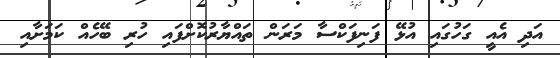
އަދި އެއީ ގަހުގައި އުޅޭ ފަނިފަކްސާ މަރަން ތައްޔާރުކޮށްފައި ހުރި ބޭހެއް ކަމަށާއި